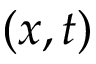
( x , t )